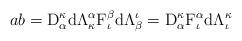
LaTeX: \begin{align*}ab=\mathrm{D}^\kappa_\alpha\mathrm{d}\Lambda^\alpha_\kappa\mathrm{F}_\iota^\beta\mathrm{d}\Lambda_\beta^\iota= \mathrm{D}^\kappa_\alpha\mathrm{F}_\iota^\alpha\mathrm{d}\Lambda_\iota^\kappa \end{align*}